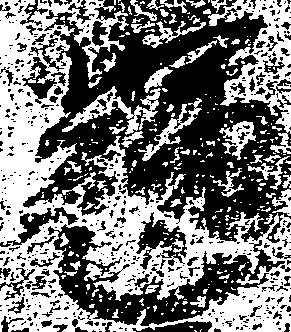
輝